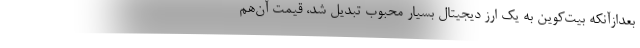
بعدازآنکه بیت‌کوین به یک ارز دیجیتال بسیار محبوب تبدیل شد، قیمت آن‌هم